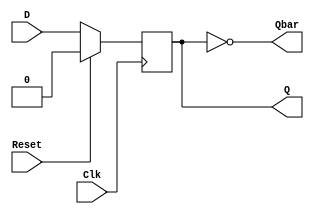
module DFF(Q, Qbar, D, Clk, Reset);
output reg Q;
output Qbar;
input D, Clk, Reset;

assign Qbar = ~Q;

always @(posedge Clk)
begin
if(Reset == 1'b1)
Q = 1'b0;
else
Q = D;
end
endmodule